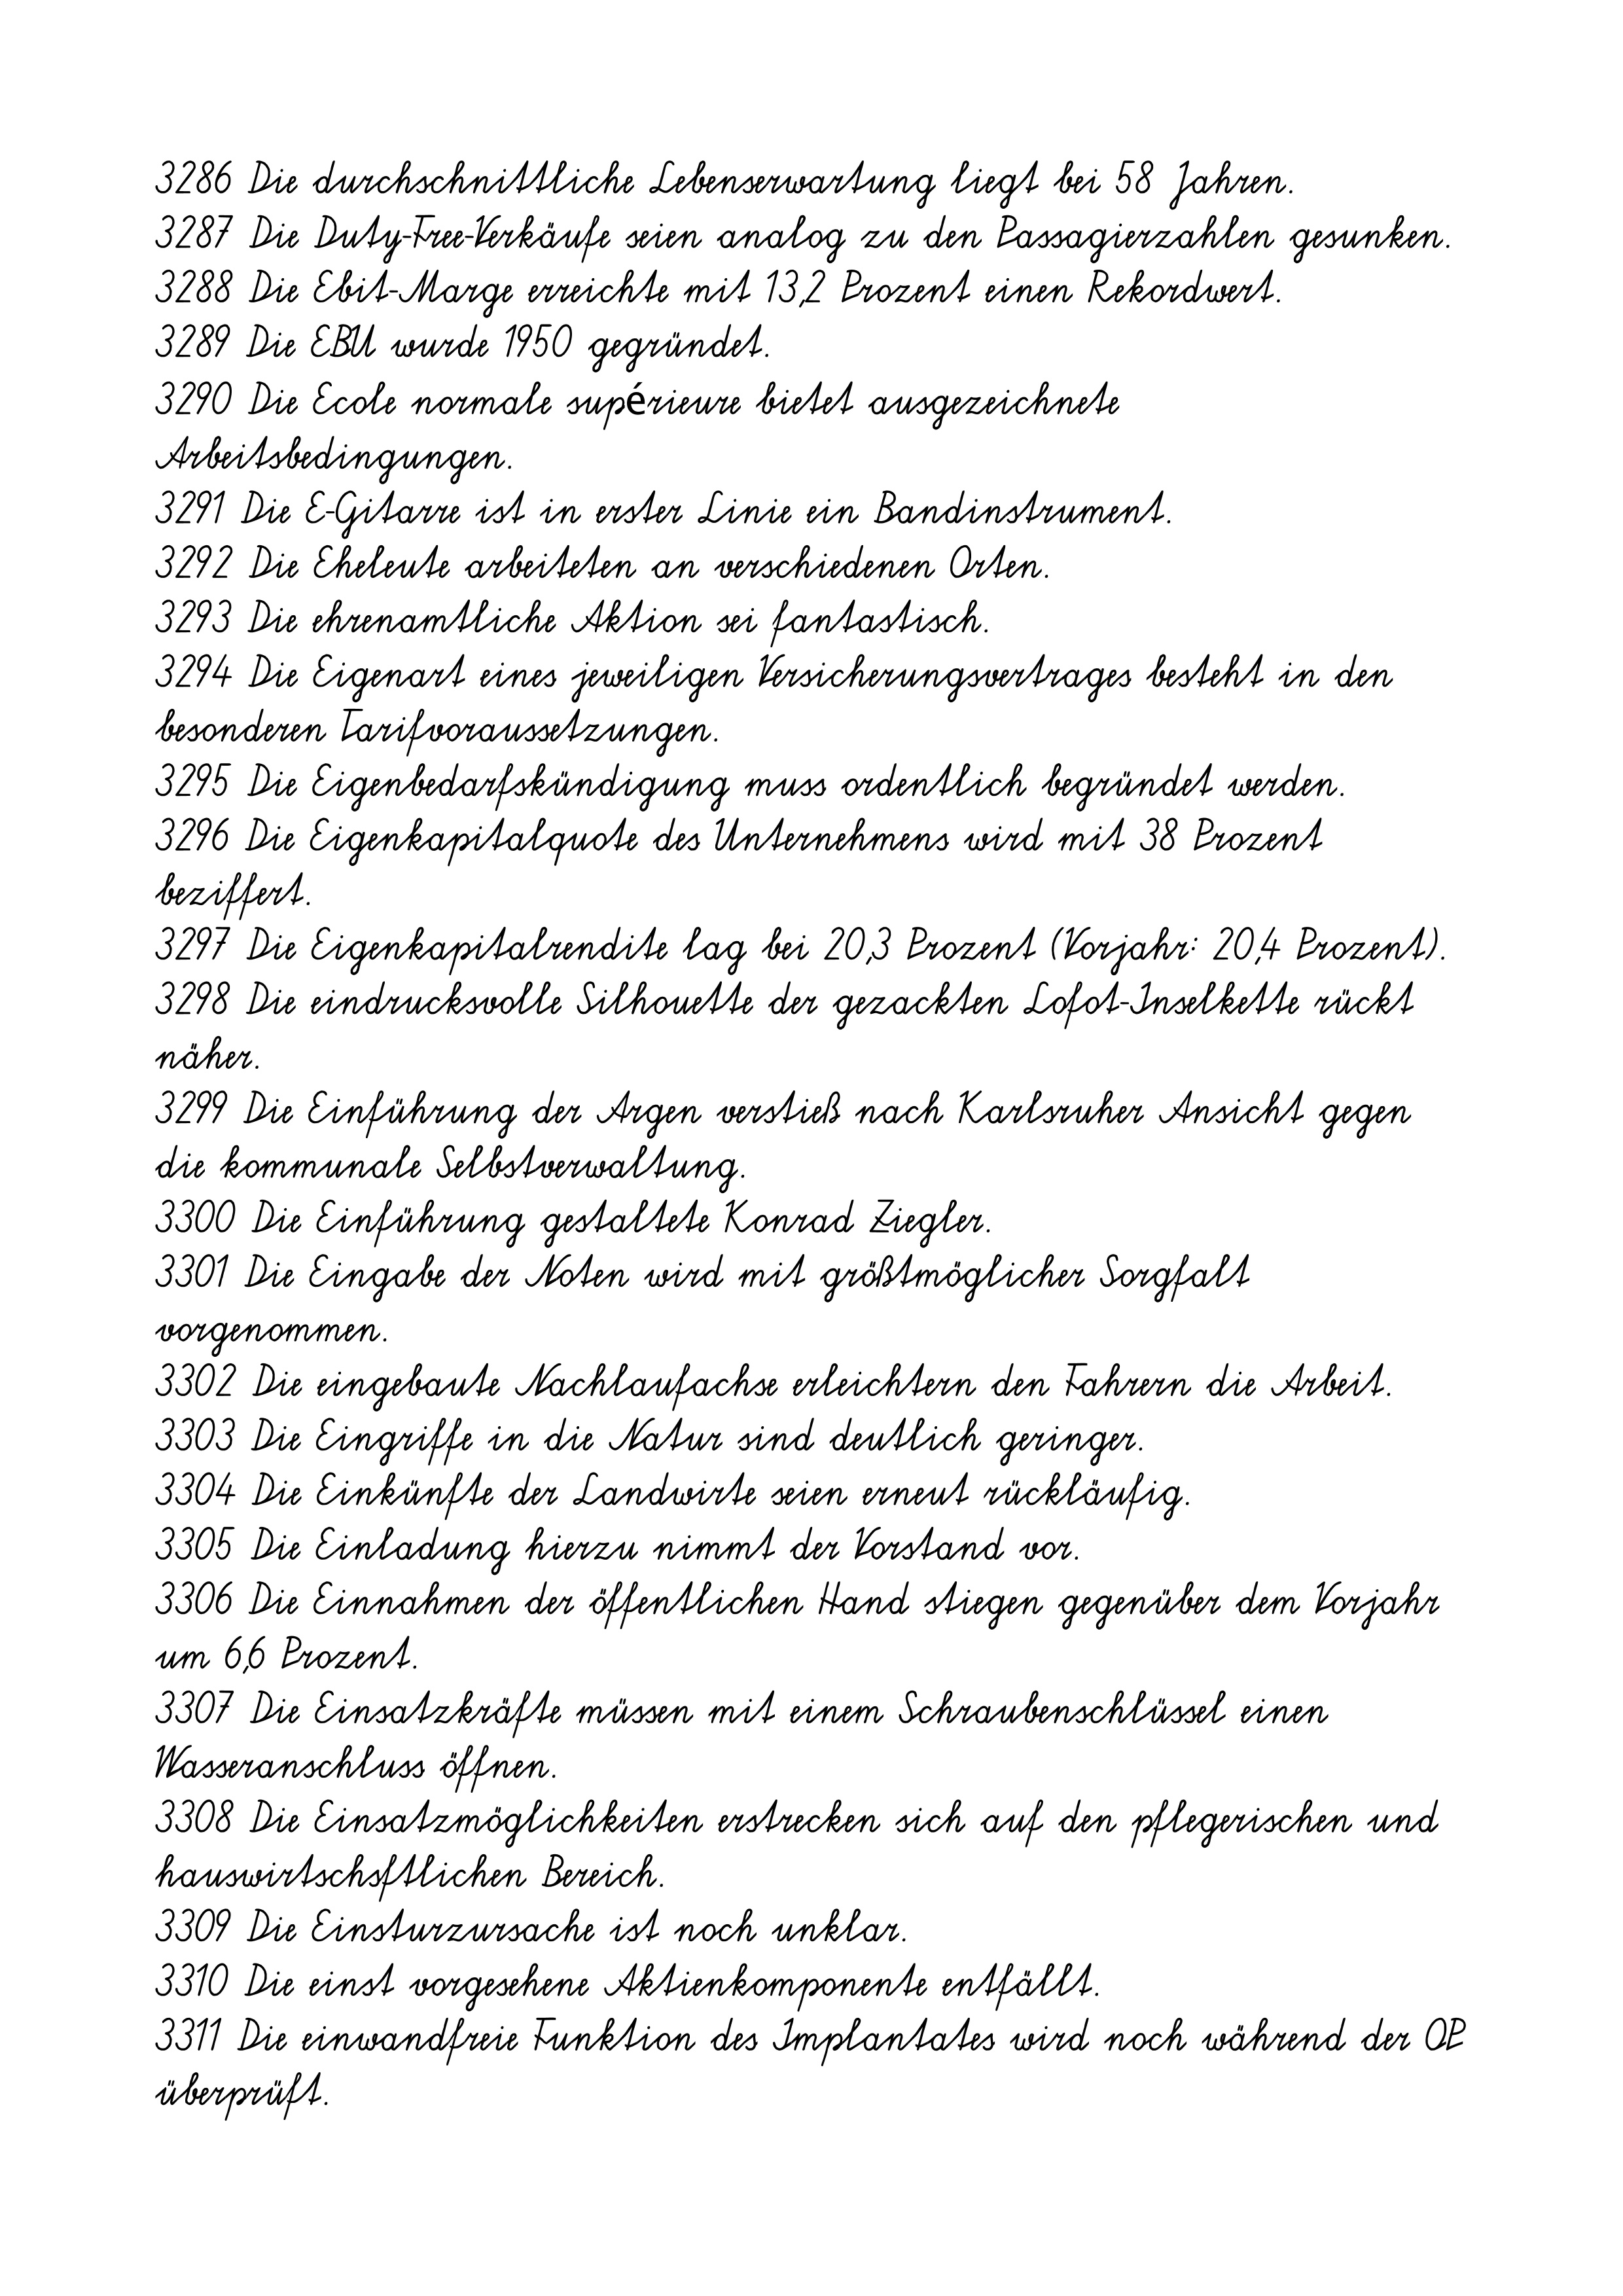
3286 Die durchschnittliche Lebenserwartung liegt bei 58 Jahren.
3287 Die Duty-Free-Verkäufe seien analog zu den Passagierzahlen gesunken.
3288 Die Ebit-Marge erreichte mit 13,2 Prozent einen Rekordwert.
3289 Die EBU wurde 1950 gegründet.
3290 Die Ecole normale supérieure bietet ausgezeichnete
Arbeitsbedingungen.
3291 Die E-Gitarre ist in erster Linie ein Bandinstrument.
3292 Die Eheleute arbeiteten an verschiedenen Orten.
3293 Die ehrenamtliche Aktion sei fantastisch.
3294 Die Eigenart eines jeweiligen Versicherungsvertrages besteht in den
besonderen Tarifvoraussetzungen.
3295 Die Eigenbedarfskündigung muss ordentlich begründet werden.
3296 Die Eigenkapitalquote des Unternehmens wird mit 38 Prozent
beziffert.
3297 Die Eigenkapitalrendite lag bei 20,3 Prozent (Vorjahr: 20,4 Prozent).
3298 Die eindrucksvolle Silhouette der gezackten Lofot-Inselkette rückt
näher.
3299 Die Einführung der Argen verstieß nach Karlsruher Ansicht gegen
die kommunale Selbstverwaltung.
3300 Die Einführung gestaltete Konrad Ziegler.
3301 Die Eingabe der Noten wird mit größtmöglicher Sorgfalt
vorgenommen.
3302 Die eingebaute Nachlaufachse erleichtern den Fahrern die Arbeit.
3303 Die Eingriffe in die Natur sind deutlich geringer.
3304 Die Einkünfte der Landwirte seien erneut rückläufig.
3305 Die Einladung hierzu nimmt der Vorstand vor.
3306 Die Einnahmen der öffentlichen Hand stiegen gegenüber dem Vorjahr
um 6,6 Prozent.
3307 Die Einsatzkräfte müssen mit einem Schraubenschlüssel einen
Wasseranschluss öffnen.
3308 Die Einsatzmöglichkeiten erstrecken sich auf den pflegerischen und
hauswirtschsftlichen Bereich.
3309 Die Einsturzursache ist noch unklar.
3310 Die einst vorgesehene Aktienkomponente entfällt.
3311 Die einwandfreie Funktion des Implantates wird noch während der OP
überprüft.